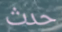
حدث